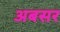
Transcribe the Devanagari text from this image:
अबसर